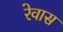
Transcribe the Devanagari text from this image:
रेवास